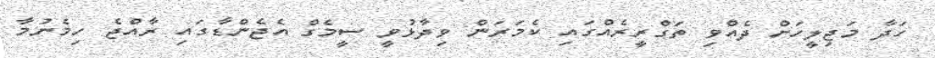
ހަދާ މަޖިލީހަށް ދެއްވި ތަގްރީރެއްގައި ކެމަރަން ވިދާޅުވީ ސީމެގް އެޖެންޑާގައި ރާއްޖެ ހިމެނުމާ